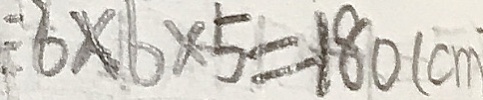
6 \times 6 \times 5 = 1 8 0 ( c m